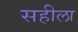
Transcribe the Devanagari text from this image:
सहीला